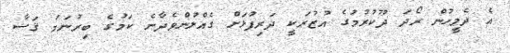
އެ ދެމީހުން ރޯދަ ދޫކުރުމުގެ އުޒުރަކީ ދަރިފުޅަށް ގެއްލުންވެދާނެ ކަމުގެ ބިރުނަމަ ޤަޟާ